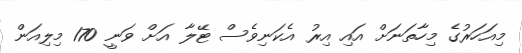
މިއަހަރުގެ މިހާތަނަށް އައި އިރު އެކަނިވެސް ޓޭލާ އަށް ވަނީ 170 މިލިއަން